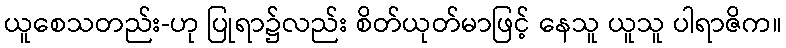
ယူစေသတည်း-ဟု ပြုရာ၌လည်း စိတ်ယုတ်မာဖြင့် နေသူ ယူသူ ပါရာဇိက။